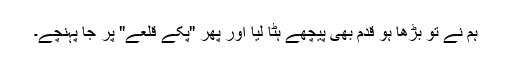
ہم نے تو بڑھا ہو قدم بھی پیچھے ہٹا لیا اور پھر "پکے قلعے" پر جا پہنچے۔